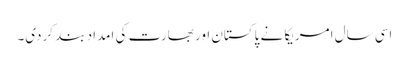
اسی سال امریکا نے پاکستان اور بھارت کی امداد بند کردی۔